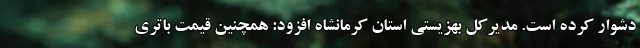
دشوار کرده است. مدیرکل بهزیستی استان کرمانشاه افزود: همچنین قیمت باتری